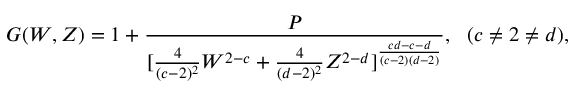
G ( W , Z ) = 1 + { \frac { P } { [ { \frac { 4 } { ( c - 2 ) ^ { 2 } } } W ^ { 2 - c } + { \frac { 4 } { ( d - 2 ) ^ { 2 } } } Z ^ { 2 - d } ] ^ { \frac { c d - c - d } { ( c - 2 ) ( d - 2 ) } } } } , \ \ ( c \neq 2 \neq d ) ,